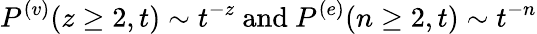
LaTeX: P^{(v)}(z\geq 2,t)\sim t^{-z}\ \mathrm{and}\ P^{(e)}(n\geq 2,t)\sim t^{-n}